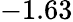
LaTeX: -1.63